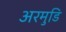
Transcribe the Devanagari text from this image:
अरमुडि